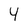
Character: 4